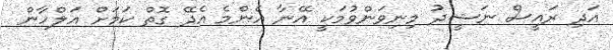
އަދި ރައީސް ނަޝީދު މިނިވަންވުމަކީ އޭނާ އެންމެ އެދޭ ގޮތް ކަމަށް އަލްހާން